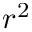
r ^ { 2 }